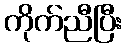
ကိုက်ညီပြီး